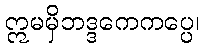
ဣမမှိဘဒ္ဒကေကပ္ပေ၊